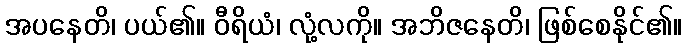
အပနေတိ၊ ပယ်၏။ ဝီရိယံ၊ လုံ့လကို။ အဘိဇနေတိ၊ ဖြစ်စေနိုင်၏။